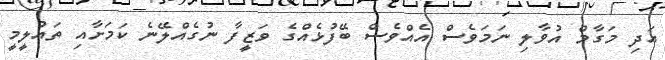
އަދި މަގާމް އުވާލި ނަމަވެސް އެއްވެސް ބޭފުޅެއްގެ ވަޒީފާ ނުގެއްލޭނެ ކަމަށާއި ތައުލީމީ